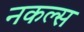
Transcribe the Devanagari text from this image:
नकल्स